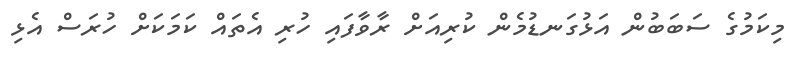
މިކަމުގެ ސަބަބުން އަޅުގަނޑުމެން ކުރިއަށް ރާވާފައި ހުރި އެތައް ކަމަކަށް ހުރަސް އެޅި